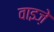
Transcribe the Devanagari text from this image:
वाइज़े